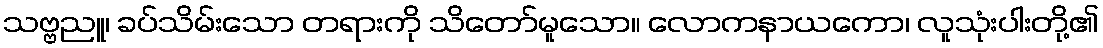
သဗ္ဗညူ၊ ခပ်သိမ်းသော တရားကို သိတော်မူသော။ လောကနာယကော၊ လူသုံးပါးတို့၏